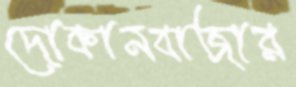
দোকানবাজার